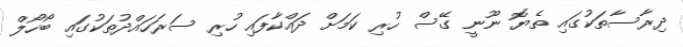
ދިރާސާތަކުގައި ތެޔޮ ނޫނީ ގޭސް ހުރި ކަމަށް ދައްކާފައި ހުރި ސަރަހައްދުތަކުގައި ބޯހޯލް